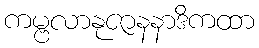
ကမ္ဗလာနုဇာနနာဒိကထာ